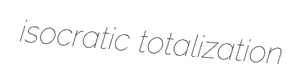
isocratic totalization